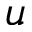
u